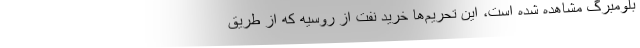
بلومبرگ مشاهده شده است، این تحریم‌ها خرید نفت از روسیه که از طریق